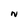
Character: N